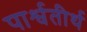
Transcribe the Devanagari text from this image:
पार्श्वतीर्थ